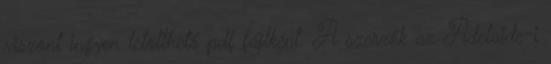
viszont ingyen letölthető pdf fájlként. A szerzők az Adelaide-i